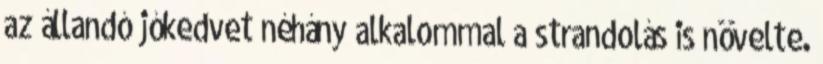
az állandó jókedvet néhány alkalommal a strandolás is növelte.